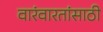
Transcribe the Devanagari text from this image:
वारंवारतांसाठी